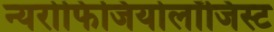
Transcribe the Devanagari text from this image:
न्यरोफिजियोलॉजिस्ट